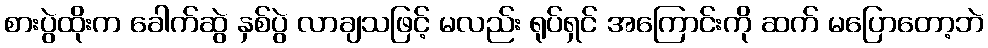
စားပွဲထိုးက ခေါက်ဆွဲ နှစ်ပွဲ လာချသဖြင့် မလည်း ရုပ်ရှင် အကြောင်းကို ဆက် မပြောတော့ဘဲ